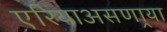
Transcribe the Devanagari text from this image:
एरियाअसणार्‍या